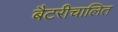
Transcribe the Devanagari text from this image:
बैटरीचालित